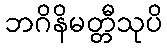
ဘဂိနိမတ္တီသုပိ